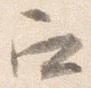
召